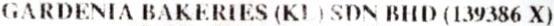
GARDENIA BAKERIES (KL) SDN BHD (139386 X)